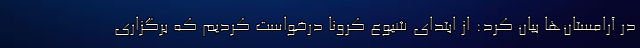
در آرامستان‌ها بیان کرد: از ابتدای شیوع کرونا درخواست کردیم که برگزاری